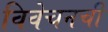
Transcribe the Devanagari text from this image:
विवेचनची